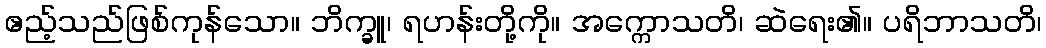
ဧည့်သည်ဖြစ်ကုန်သော။ ဘိက္ခူ၊ ရဟန်းတို့ကို။ အက္ကောသတိ၊ ဆဲရေး၏။ ပရိဘာသတိ၊